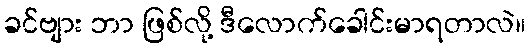
ခင်ဗျား ဘာ ဖြစ်လို့ ဒီလောက်ခေါင်းမာရတာလဲ။